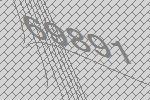
69891